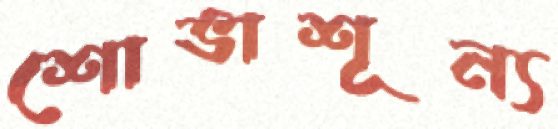
শোভাশূন্য